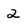
Character: 2